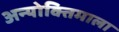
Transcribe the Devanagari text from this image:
अन्योक्तिमाला